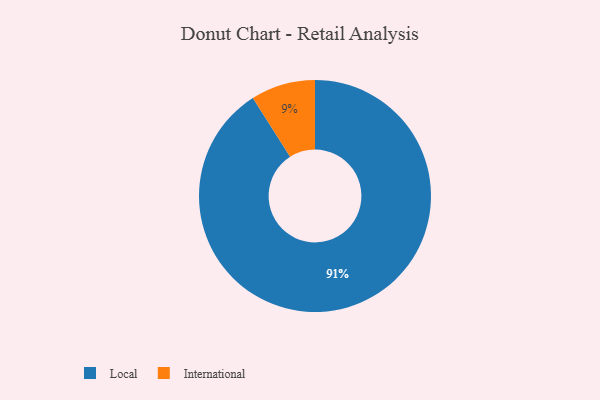
{"axis": {"x": "Category", "y": "Percentage"}, "legend": ["International", "Local"], "data": [{"x": "Local", "y": 91, "type": "Local"}, {"x": "International", "y": 9, "type": "International"}]}